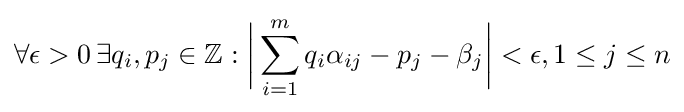
\forall \epsilon >0\,\exists q_{i},p_{j}\in \mathbb {Z} :{\biggl |}\sum _{i=1}^{m}q_{i}\alpha _{ij}-p_{j}-\beta _{j}{\biggr |}<\epsilon ,1\leq j\leq n